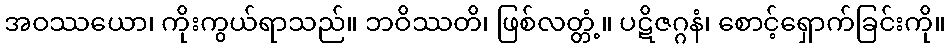
အဝဿယော၊ ကိုးကွယ်ရာသည်။ ဘဝိဿတိ၊ ဖြစ်လတ္တံ့။ ပဋိဇဂ္ဂနံ၊ စောင့်ရှောက်ခြင်းကို။